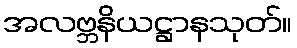
အလဗ္ဘနိယဋ္ဌာနသုတ်။